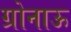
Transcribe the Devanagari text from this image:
ग्रोनाऊ